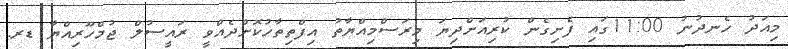
މިއަދު ހެނދުނު 11:00ގައި ފެށިގެން ކުރިއަށްދިޔަ މިރަސްމިއްޔާތު އިފްތިތާހުކޮށްދެއްވީ ރައީސުލް ޖުމްހޫރިއްޔާ ޑރ.